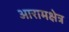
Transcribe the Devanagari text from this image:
आरामक्षेत्र